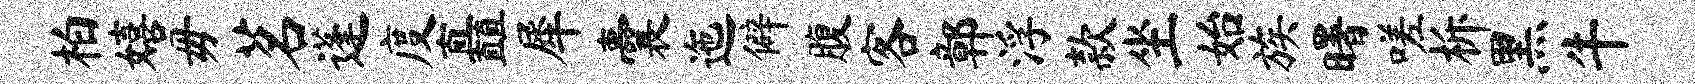
柏嬉毋茗蓬度矗犀囊迤僻腹客鄣浮款坐始族曙嗟柝黑牛